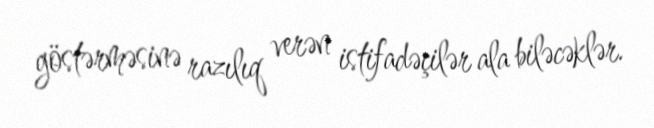
göstərməsinə razılıq verən istifadəçilər ala biləcəklər.